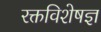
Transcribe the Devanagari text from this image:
रक्तविशेषज्ञ